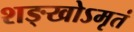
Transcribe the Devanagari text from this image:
शङ्खोऽमृतं